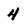
Character: 4